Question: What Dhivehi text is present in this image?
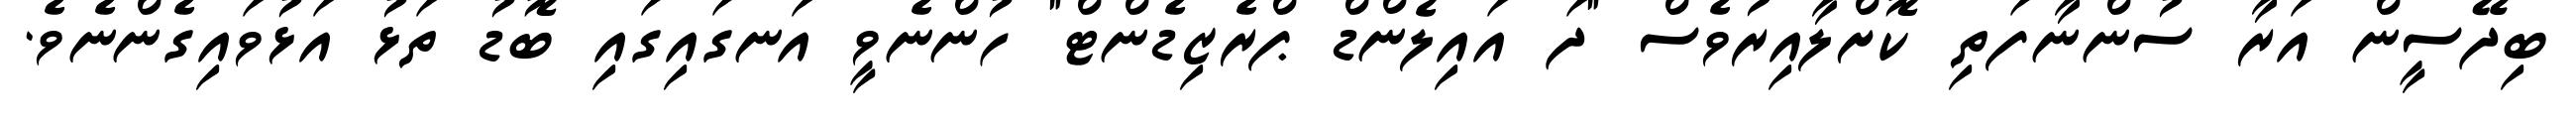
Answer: ބިދޭސީން އަރާ ސުންނާފަތި ކޮށްލާއިރުވެސް "ދަ އައިލެންޑް ޕްރެޒިޑެންޓް" ހުންނެވީ އަނގައިގައި ބޮޑު ތަޅު އަޅުވައިގެންނެވެ.